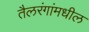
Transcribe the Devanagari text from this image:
तैलरंगांमधील